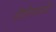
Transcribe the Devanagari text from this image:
होतीनव्हती